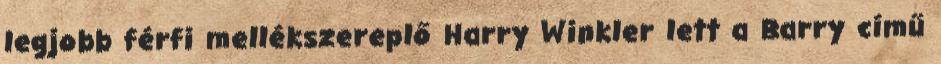
legjobb férfi mellékszereplő Harry Winkler lett a Barry című